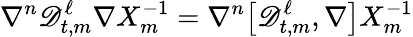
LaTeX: \nabla^{n}\mathscr{D}_{t,m}^{\ell}\nabla X_{m}^{-1}=\nabla^{n}\bigl[\mathscr{D}_{t,m}^{\ell},\nabla\bigr]X_{m}^{-1}